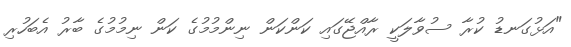
"އަޅުގަނޑު ކުރާ ސުވާލަކީ ރާއްޖޭގައި ކަންކަން ނިންމުމުގެ ކަން ނިމުމުގެ ބާރު އެބަހުރި